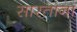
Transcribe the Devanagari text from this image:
सारताना